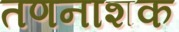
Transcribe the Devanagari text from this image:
तणनाशक